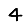
Digit: 4